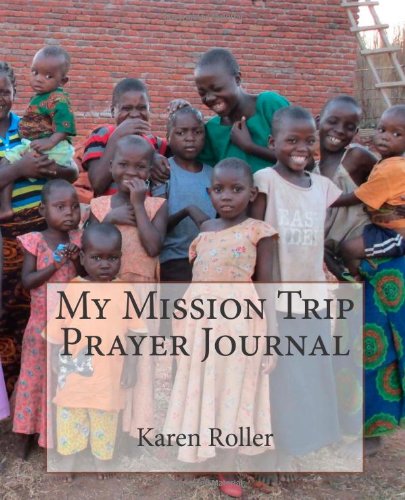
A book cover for My Mission Trip Prayer Journal: Prayer Guide for Traveling to Malawi with Circle of Hope International; Karen Roller; Travel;